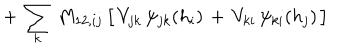
+ \, \sum _ { k } \, M _ { 1 2 , i j } \, \big [ \, V _ { j k } \, \psi _ { j k } ( h _ { i } ) \, + \, V _ { k i } \, \psi _ { k i } ( h _ { j } ) \, \big ]